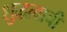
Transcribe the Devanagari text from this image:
शुद्धत्वाची